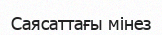
Саясаттағы мінез